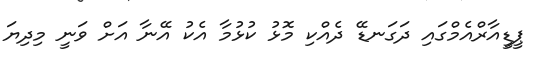
ޕީޑީއާރްއެމްގައި ދަގަނޑޭ ދެއްކި މޮޅު ކުޅުމާ އެކު އޭނާ އަށް ވަނީ މިދިޔަ